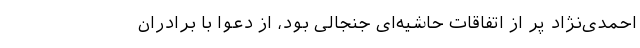
احمدی‌نژاد پر از اتفاقات حاشیه‌ای جنجالی بود، از دعوا با برادران